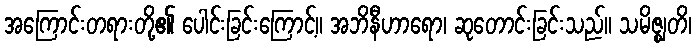
အကြောင်းတရားတို့၏ ပေါင်းခြင်းကြောင့်။ အဘိနီဟာရော၊ ဆုတောင်းခြင်းသည်။ သမိဇ္ဈတိ၊